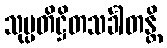
သုပ္ပတိဋ္ဌိတသင်္ခါတန္တိ